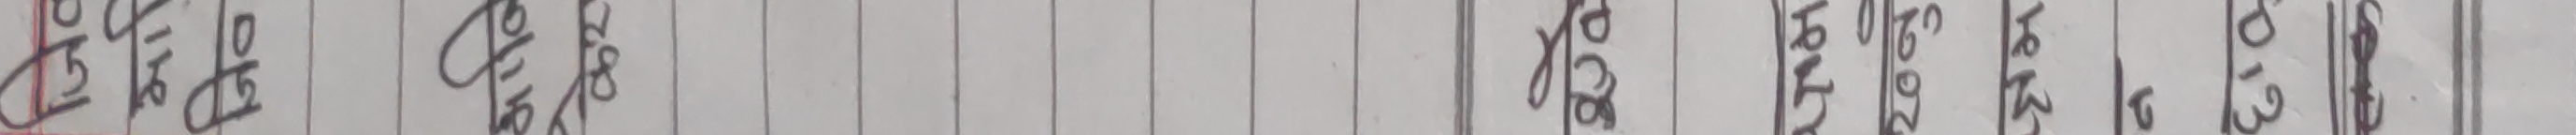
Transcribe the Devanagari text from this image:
के१९१० ०८१५० र०८० १०८१३ ८९३०४ ०१३०५ १००९०८